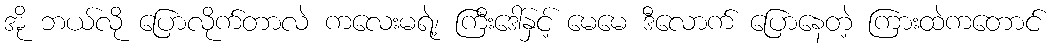
အို ဘယ်လို ပြောလိုက်တာလဲ ကလေးမရဲ့၊ ကြီးဒေါ်နှင့် မေမေ ဒီလောက် ပြောနေတဲ့ ကြားထဲကတောင်